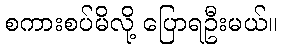
စကားစပ်မိလို့ ပြောရဦးမယ်။